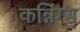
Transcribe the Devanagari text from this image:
कन्निंग्स